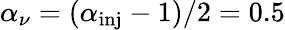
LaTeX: \alpha_{\nu}=(\alpha_{\mathrm{inj}}-1)/2=0.5